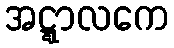
အဋ္ဋာလကေ